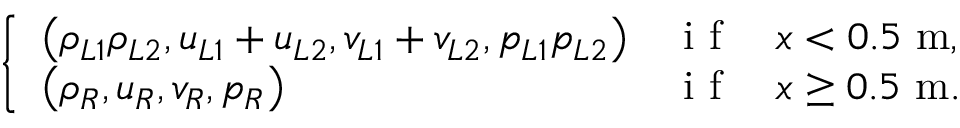
\left\{ \begin{array} { l l l } { \left( \rho _ { L 1 } \rho _ { L 2 } , u _ { L 1 } + u _ { L 2 } , v _ { L 1 } + v _ { L 2 } , p _ { L 1 } p _ { L 2 } \right) } & { \mathrm { ~ i ~ f ~ } } & { x < 0 . 5 \mathrm { ~ m } , } \\ { \left( \rho _ { R } , u _ { R } , v _ { R } , p _ { R } \right) } & { \mathrm { ~ i ~ f ~ } } & { x \geq 0 . 5 \mathrm { ~ m } . } \end{array} \right.